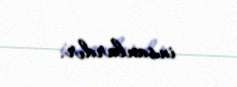
insanlardır.